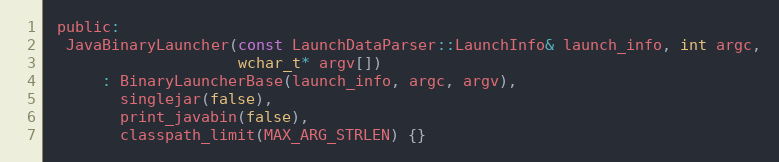
Language: C
 public:
  JavaBinaryLauncher(const LaunchDataParser::LaunchInfo& launch_info, int argc,
                     wchar_t* argv[])
      : BinaryLauncherBase(launch_info, argc, argv),
        singlejar(false),
        print_javabin(false),
        classpath_limit(MAX_ARG_STRLEN) {}